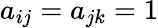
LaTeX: a_{ij}=a_{jk}=1